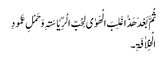
ثُمَّ بَعْدَ ھَذٰاغَلِبَ الْھَوٰی لِحُبِّ الْرِّیٰاسَۃِ وَحَمْلِ عَمُودِ
الْخِلاٰفَۃِ۔